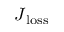
\boldsymbol { J } _ { \mathrm { l o s s } }